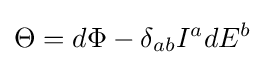
\Theta =d\Phi -\delta _{ab}I^{a}dE^{b}